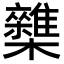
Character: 𣠛